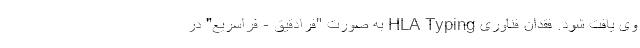
وی یافت شود. فقدان فناوری HLA Typing به صورت "فرادقیق - فراسریع" در